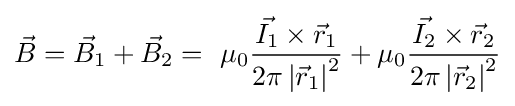
{\vec {B}}={\vec {B}}_{1}+{\vec {B}}_{2}=\ \mu _{0}{\frac {{\vec {I_{1}}}\times {\vec {r}}_{1}}{2\pi \left|{\vec {r}}_{1}\right|^{2}}}+\mu _{0}{\frac {{\vec {I_{2}}}\times {\vec {r}}_{2}}{2\pi \left|{\vec {r}}_{2}\right|^{2}}}